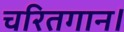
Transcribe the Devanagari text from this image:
चरितगान।